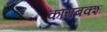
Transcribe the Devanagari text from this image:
कामबक्श